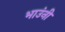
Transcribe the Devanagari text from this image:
भाउंनी